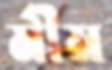
মীম